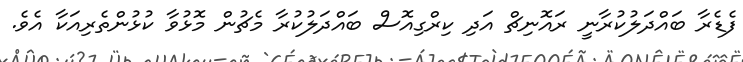
ފެޑެރާ ބައްދަލުކުރާނީ ރައޮނިޗް އަދި ކިރްގިއޮސް ބައްދަލުކުރާ މެޗުން މޮޅުވާ ކުޅުންތެރިއަކާ އެވެ.